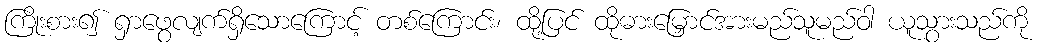
ကြိုးစား၍ ရှာဖွေလျက်ရှိသောကြောင့် တစ်ကြောင်း၊ ထို့ပြင် ထိုဓားမြှောင်အားမည်သူမည်ဝါ ယူသွားသည်ကို